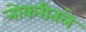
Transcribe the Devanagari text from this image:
नोकरीतले